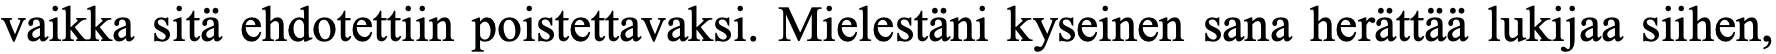
vaikka sitä ehdotettiin poistettavaksi. Mielestäni kyseinen sana herättää lukijaa siihen,